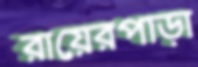
রায়েরপাড়া